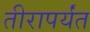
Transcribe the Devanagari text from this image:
तीरापर्यंत